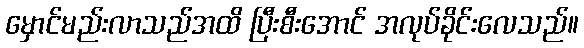
မှောင်မည်းလာသည်အထိ ပြီးစီးအောင် အလုပ်ခိုင်းလေသည်။